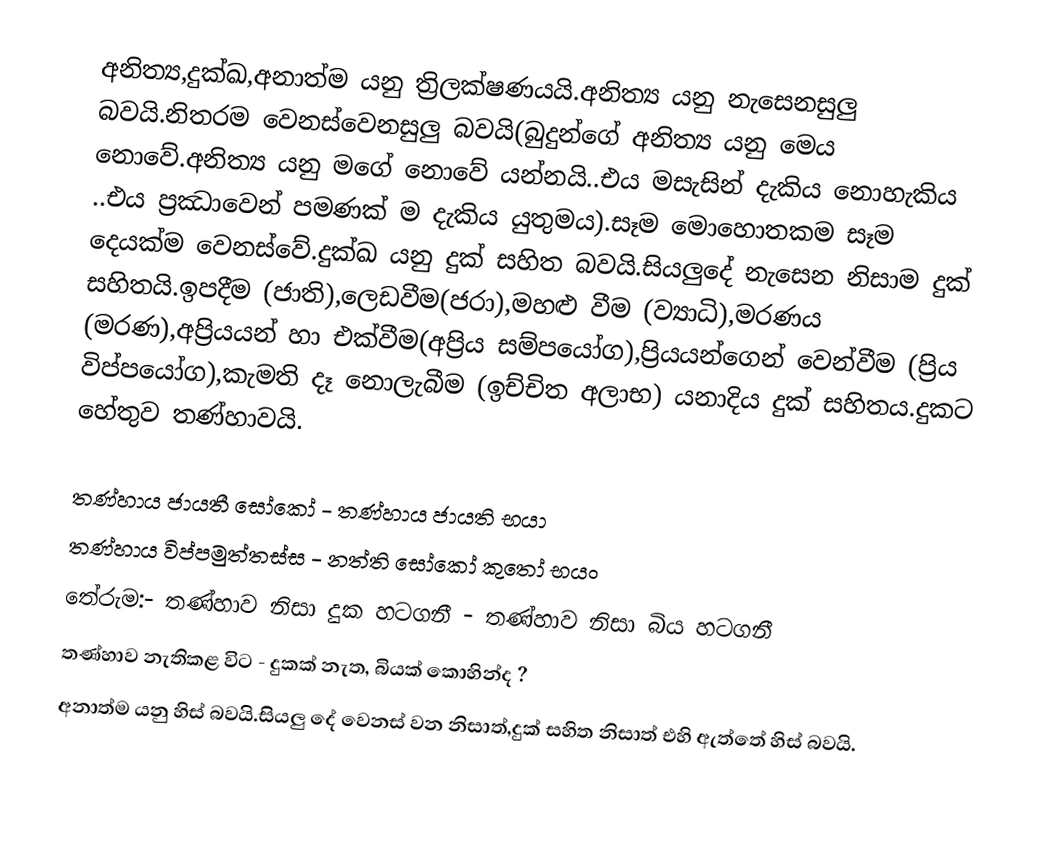
අනිත්‍ය,දුක්ඛ,අනාත්ම යනු ත්‍රිලක්ෂණයයි.අනිත්‍ය යනු නැසෙනසුලු බවයි.නිතරම වෙනස්වෙනසුලු බවයි(බුදුන්ගේ අනිත්‍ය යනු මෙය නොවේ.අනිත්‍ය යනු මගේ නොවේ යන්නයි..එය මසැසින් දැකිය නොහැකිය ..එය ප්‍රඣාවෙන් පමණක් ම දැකිය යුතුමය).සෑම මොහොතකම සෑම දෙයක්ම වෙනස්වේ.දුක්ඛ යනු දුක් සහිත බවයි.සියලුදේ නැසෙන නිසාම දුක් සහිතයි.ඉපදීම (ජාති),ලෙඩවීම(ජරා),මහළු වීම (ව්‍යාධි),මරණය (මරණ),අප්‍රියයන් හා එක්වීම(අප්‍රිය සම්පයෝග),ප්‍රියයන්ගෙන් වෙන්වීම (ප්‍රිය විප්පයෝග),කැමති දෑ නොලැබීම (ඉච්චිත අලාභ) යනාදිය දුක් සහිතය.දුකට හේතුව තණ්හාවයි.

                                                                                                 තණ්හාය ජායතී සෝකෝ - තණ්හාය ජායති භයා
                                                                                                  තණ්හාය විප්පමුත්තස්ස   -  නත්ති සෝකෝ කුතෝ භයං
                                                                                       තේරුම:- තණ්හාව නිසා දුක හටගනී - තණ්හාව නිසා බිය හටගනී
                                                                                                      තණ්හාව නැතිකළ විට      - දුකක් නැත, බියක් කොහින්ද ?
අනාත්ම යනු හිස් බවයි.සියලු දේ වෙනස් වන නිසාත්,දුක් සහිත නිසාත් එහි ඇත්තේ හිස් බවයි.